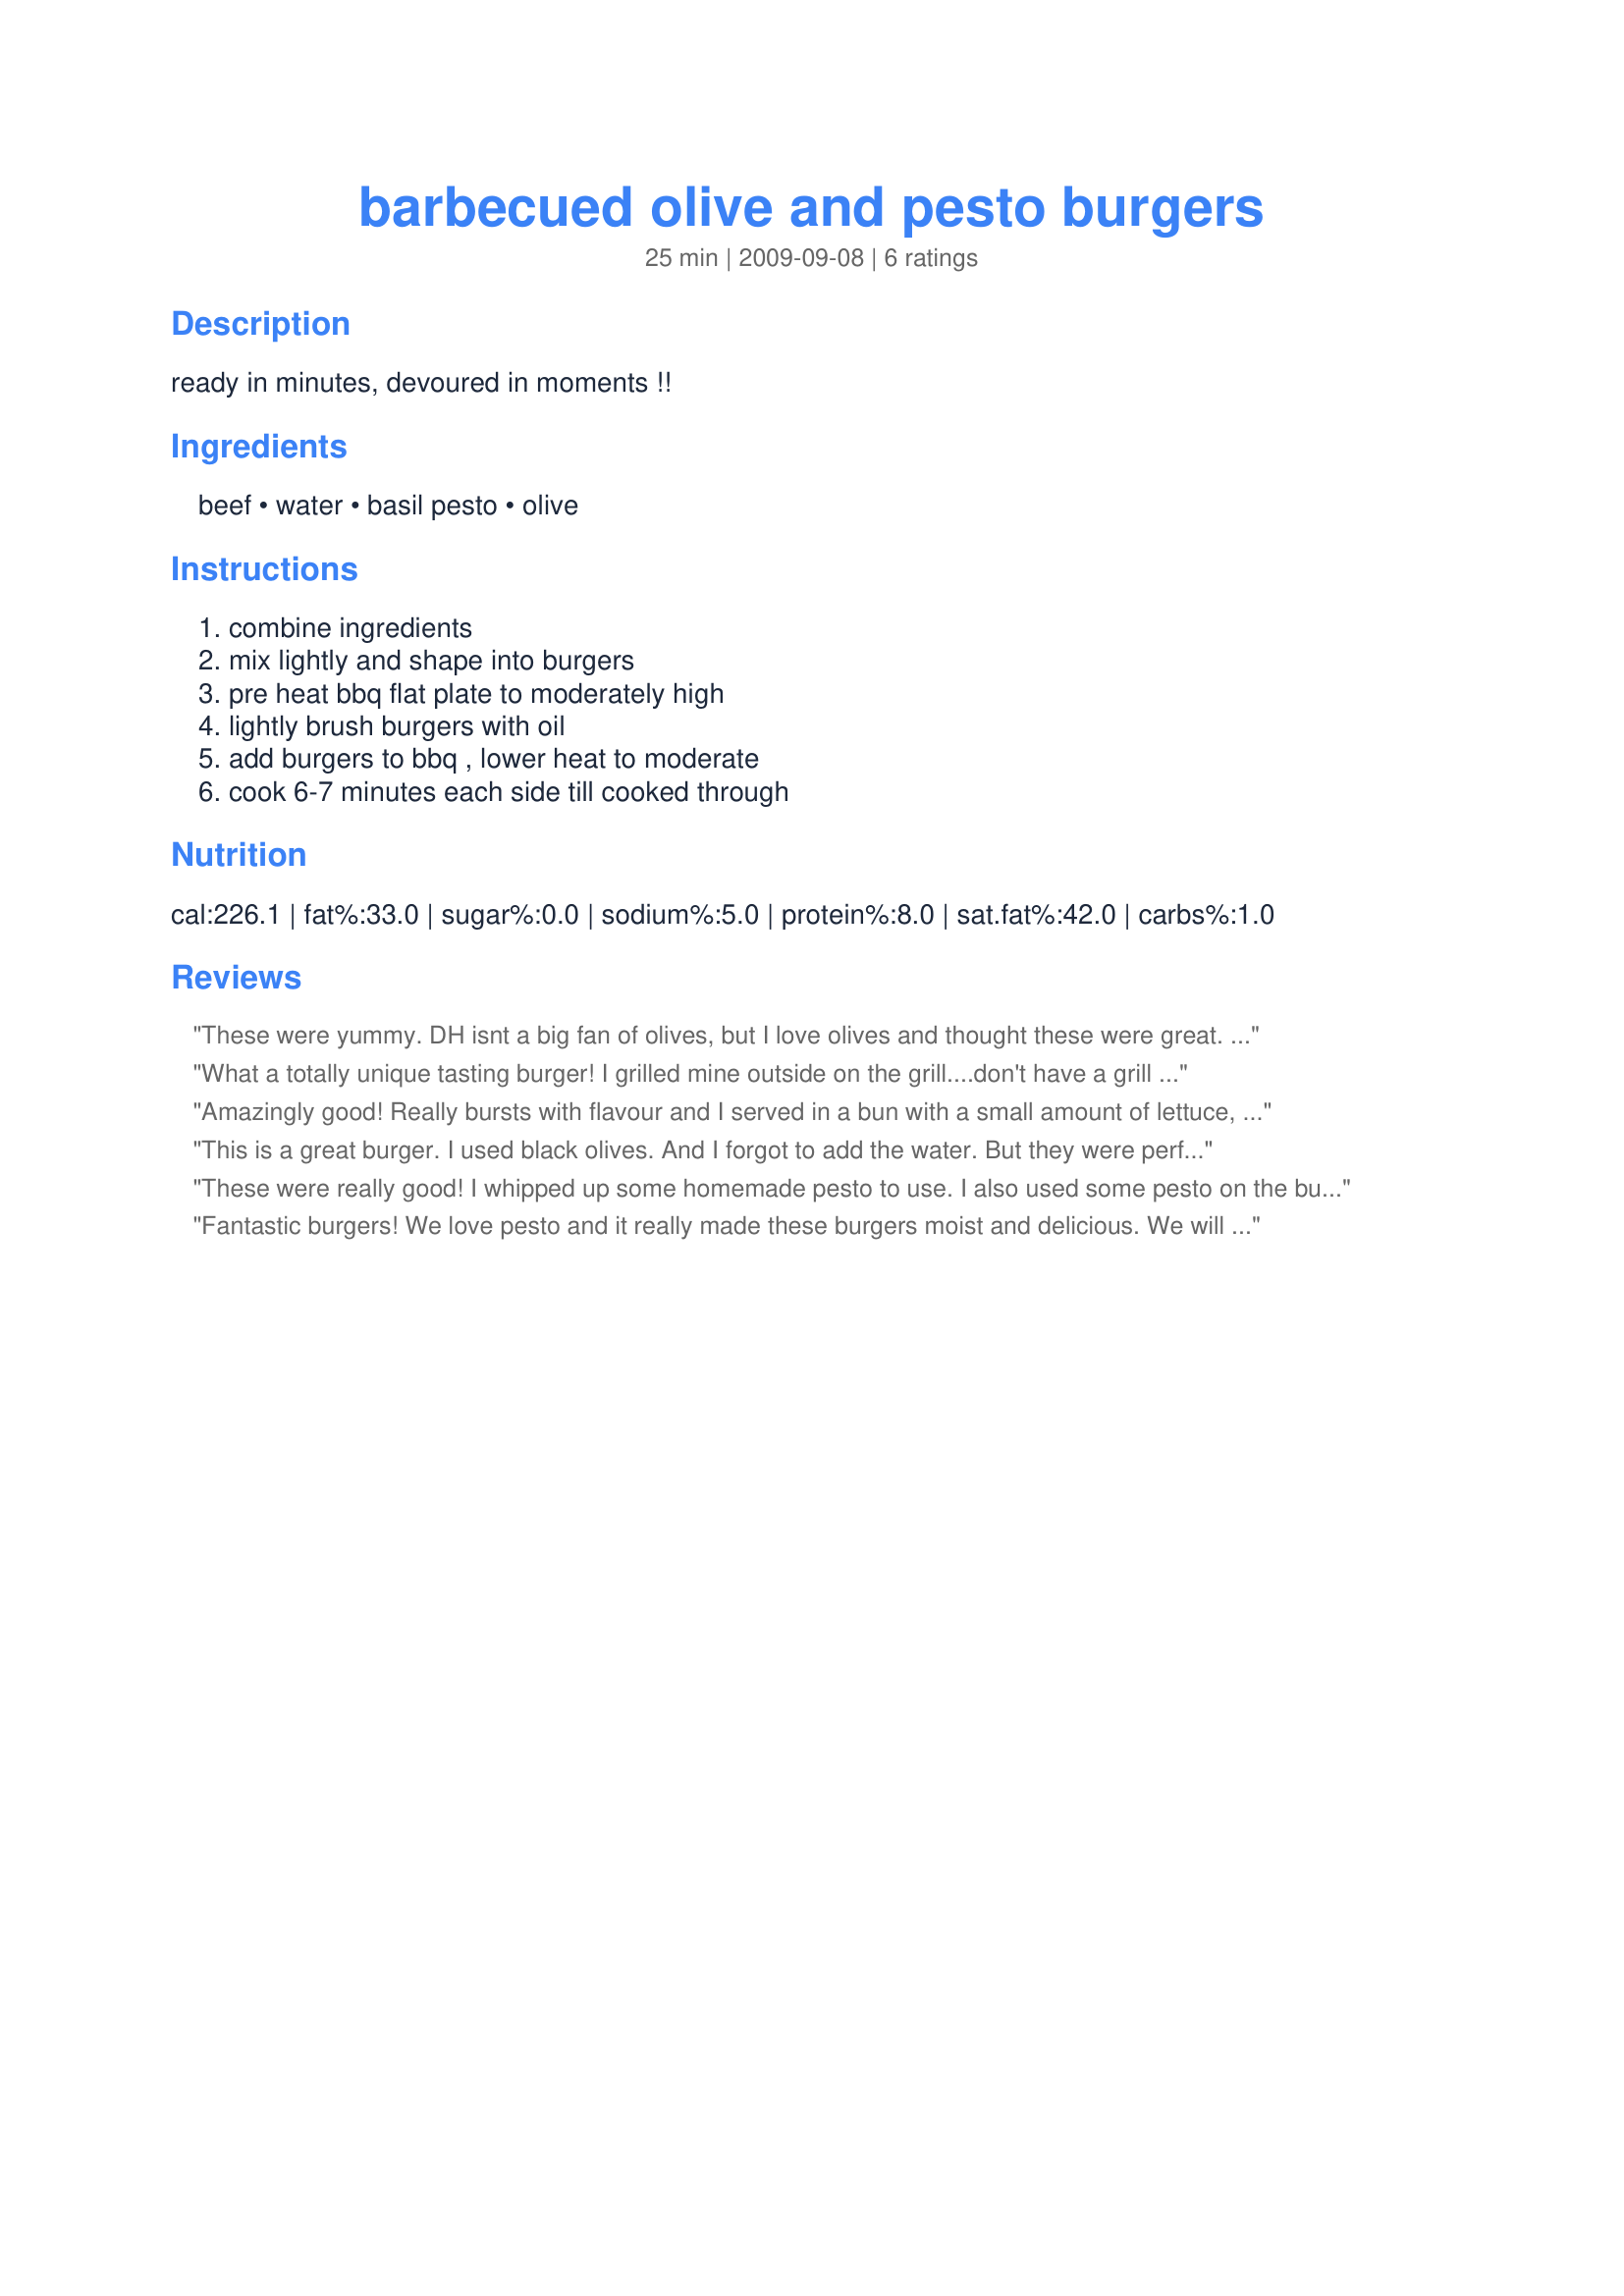
barbecued olive and pesto burgers
Preparation time: 25 minutes

ready in minutes, devoured in moments !!

Ingredients:
beef, water, basil pesto, olive

Steps:
combine ingredients, mix lightly and shape into burgers, pre heat bbq flat plate to moderately high, lightly brush burgers with oil, add burgers to bbq , lower heat to moderate, cook 6-7 minutes each side till cooked through

Reviews:
These were yummy. DH isnt a big fan of olives, but I love olives and thought these were great. Made for ZWT 8 for The Fearless.
What a totally unique tasting burger! I grilled mine outside on the grill....don't have a grill pan! Served it without bread because I have elimated bread right now due to a diet, and used ground sirloin to cut the fat content. These are full of flavor! I didn't add the water because with the sirloin the mix was already a little watery. These are very salty with the olives and pesto, so you don't need to add any more. This was a really great tasting burger...just not the traditional one! I can totally picture this served up in a pita with some wonderful tzatziki sauce and shredded lettuce. Thanks for sharing your wonderful recipe.
Amazingly good! Really bursts with flavour and I served in a bun with a small amount of lettuce, tomato and cube or two of feta. I feel they're best served without too much else so you don't take away from the great taste too much.
This is a great burger. I used black olives. And I forgot to add the water. But they were perfect. Thanks katew :) Made for the Australian recipe swap for April 2011
These were really good! I whipped up some homemade pesto to use. I also used some pesto on the buns. Used pepper jack cheese too. Menfolk loved them!
Fantastic burgers! We love pesto and it really made these burgers moist and delicious. We will definitely have these again. I did not add the olives, but will try them next time. Made for the AUS/NZ Make My Recipe Tag, October, 2011.
